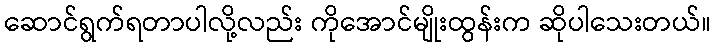
ဆောင်ရွက်ရတာပါလို့လည်း ကိုအောင်မျိုးထွန်းက ဆိုပါသေးတယ်။